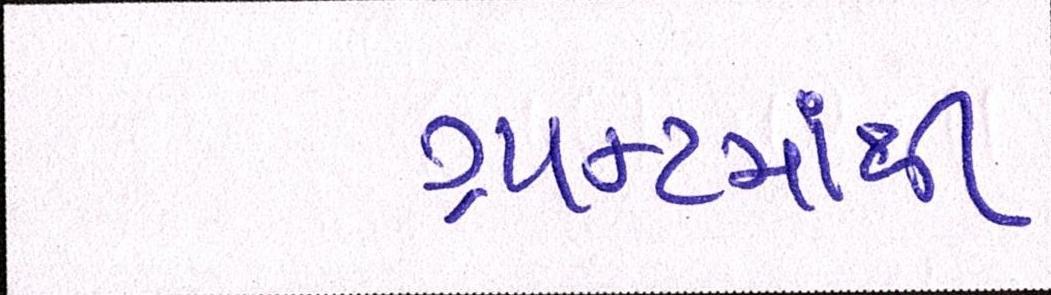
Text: ગ્રાન્ટમાંથી